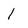
Character: l